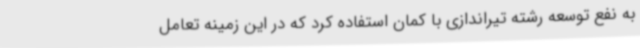
به نفع توسعه رشته تیراندازی با کمان استفاده کرد که در این زمینه تعامل